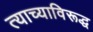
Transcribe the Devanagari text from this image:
त्याच्याविरूद्ध